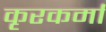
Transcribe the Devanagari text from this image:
कृरकर्मा